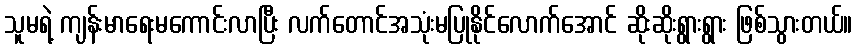
သူမရဲ့ ကျန်းမာရေးမကောင်းလာပြီး လက်တောင်အသုံးမပြုနိုင်လောက်အောင် ဆိုးဆိုးရွားရွား ဖြစ်သွားတယ်။